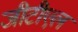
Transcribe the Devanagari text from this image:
जीटीएल